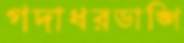
গদাধরডাঙ্গি